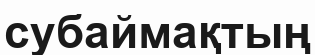
субаймақтың